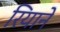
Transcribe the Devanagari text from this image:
रियाने